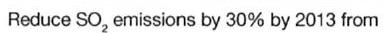
Reduce SO2 emissions by 30% by 2013 from